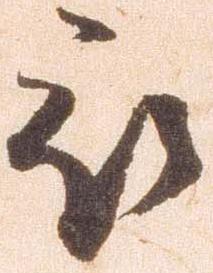
被